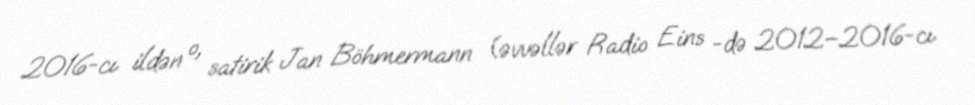
2016-cı ildən o, satirik Jan Böhmermann (əvvəllər Radio Eins -də 2012–2016-cı